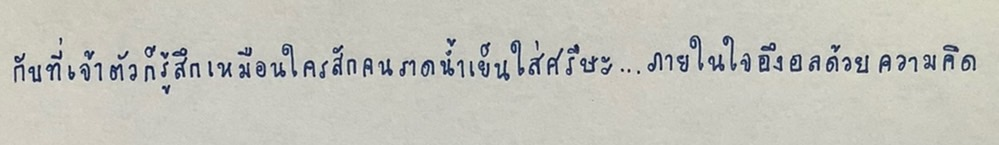
กับที่เจ้าตัวก็รู้สึกเหมือนใครสักคนราดน้ำเย็นใส่ศีรษะ...ภายในใจอึงอลด้วยความคิด